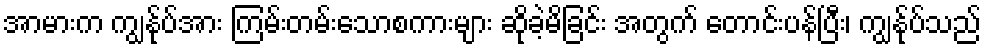
အာမားက ကျွန်ုပ်အား ကြမ်းတမ်းသောစကားများ ဆိုခဲ့မိခြင်း အတွက် တောင်းပန်ပြီး၊ ကျွန်ုပ်သည်